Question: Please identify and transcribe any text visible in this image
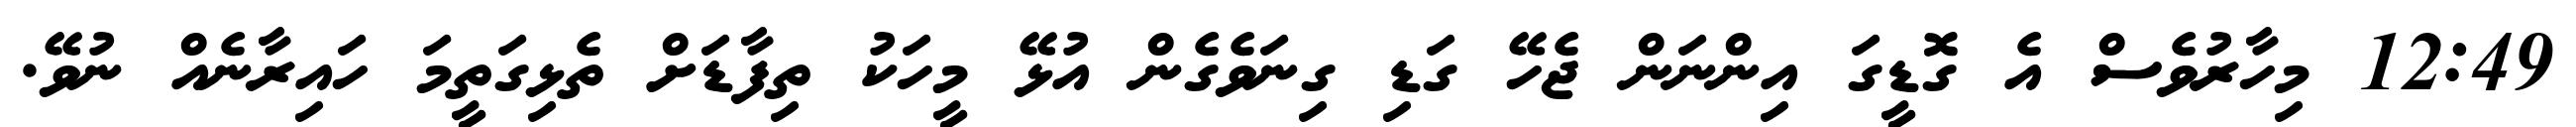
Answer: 12:49 މިހާރުވެސް އެ ގޮޑީގަ އިންނަން ޖެހޭ ގަޑި ގިނަވެގެން އުޅޭ މީހަކު ތިފާޑަށް ތެޅިގަތީމަ ހައިރާނެއް ނުވޭ.